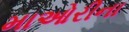
માઓરીના